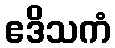
ဧဒိသကံ